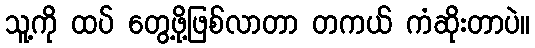
သူ့ကို ထပ် တွေ့ဖို့ဖြစ်လာတာ တကယ် ကံဆိုးတာပဲ။